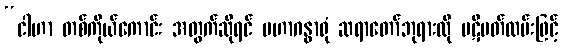
“ငါဟာ တစ်ကိုယ်ကောင်း အတွက်ဆိုရင် မဟာဂန္ဓာရုံ ဆရာတော်ဘုရားလို ပဋိပတ်လမ်းဖြင့်